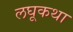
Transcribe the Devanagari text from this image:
लघूकथा